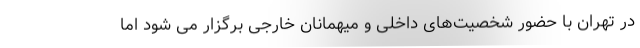
در تهران با حضور شخصیت‌های داخلی و میهمانان خارجی برگزار می شود اما